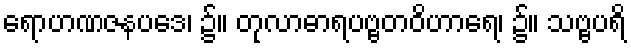
ရောဟဏဇနပဒေ၊ ၌။ တုလာဓာရပဗ္ဗတဝိဟာရေ၊ ၌။ သဗ္ဗပရိ